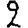
Digit: 2